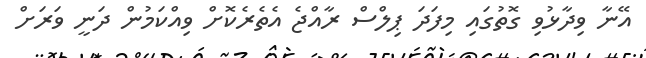
އޭނާ ވިދާޅުވި ގޮތުގައި މިފަދަ ޕިލްސް ރާއްޖެ އެތެރެކޮށް ވިއްކަމުން ދަނީ ވަރަށް